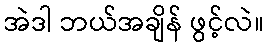
အဲဒါ ဘယ်အချိန် ဖွင့်လဲ။